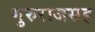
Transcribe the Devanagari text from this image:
गुरुराजसह